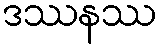
ဒဿနဿ